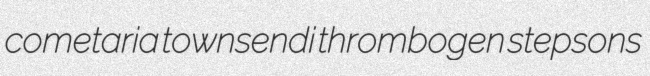
cometaria townsendi thrombogen stepsons